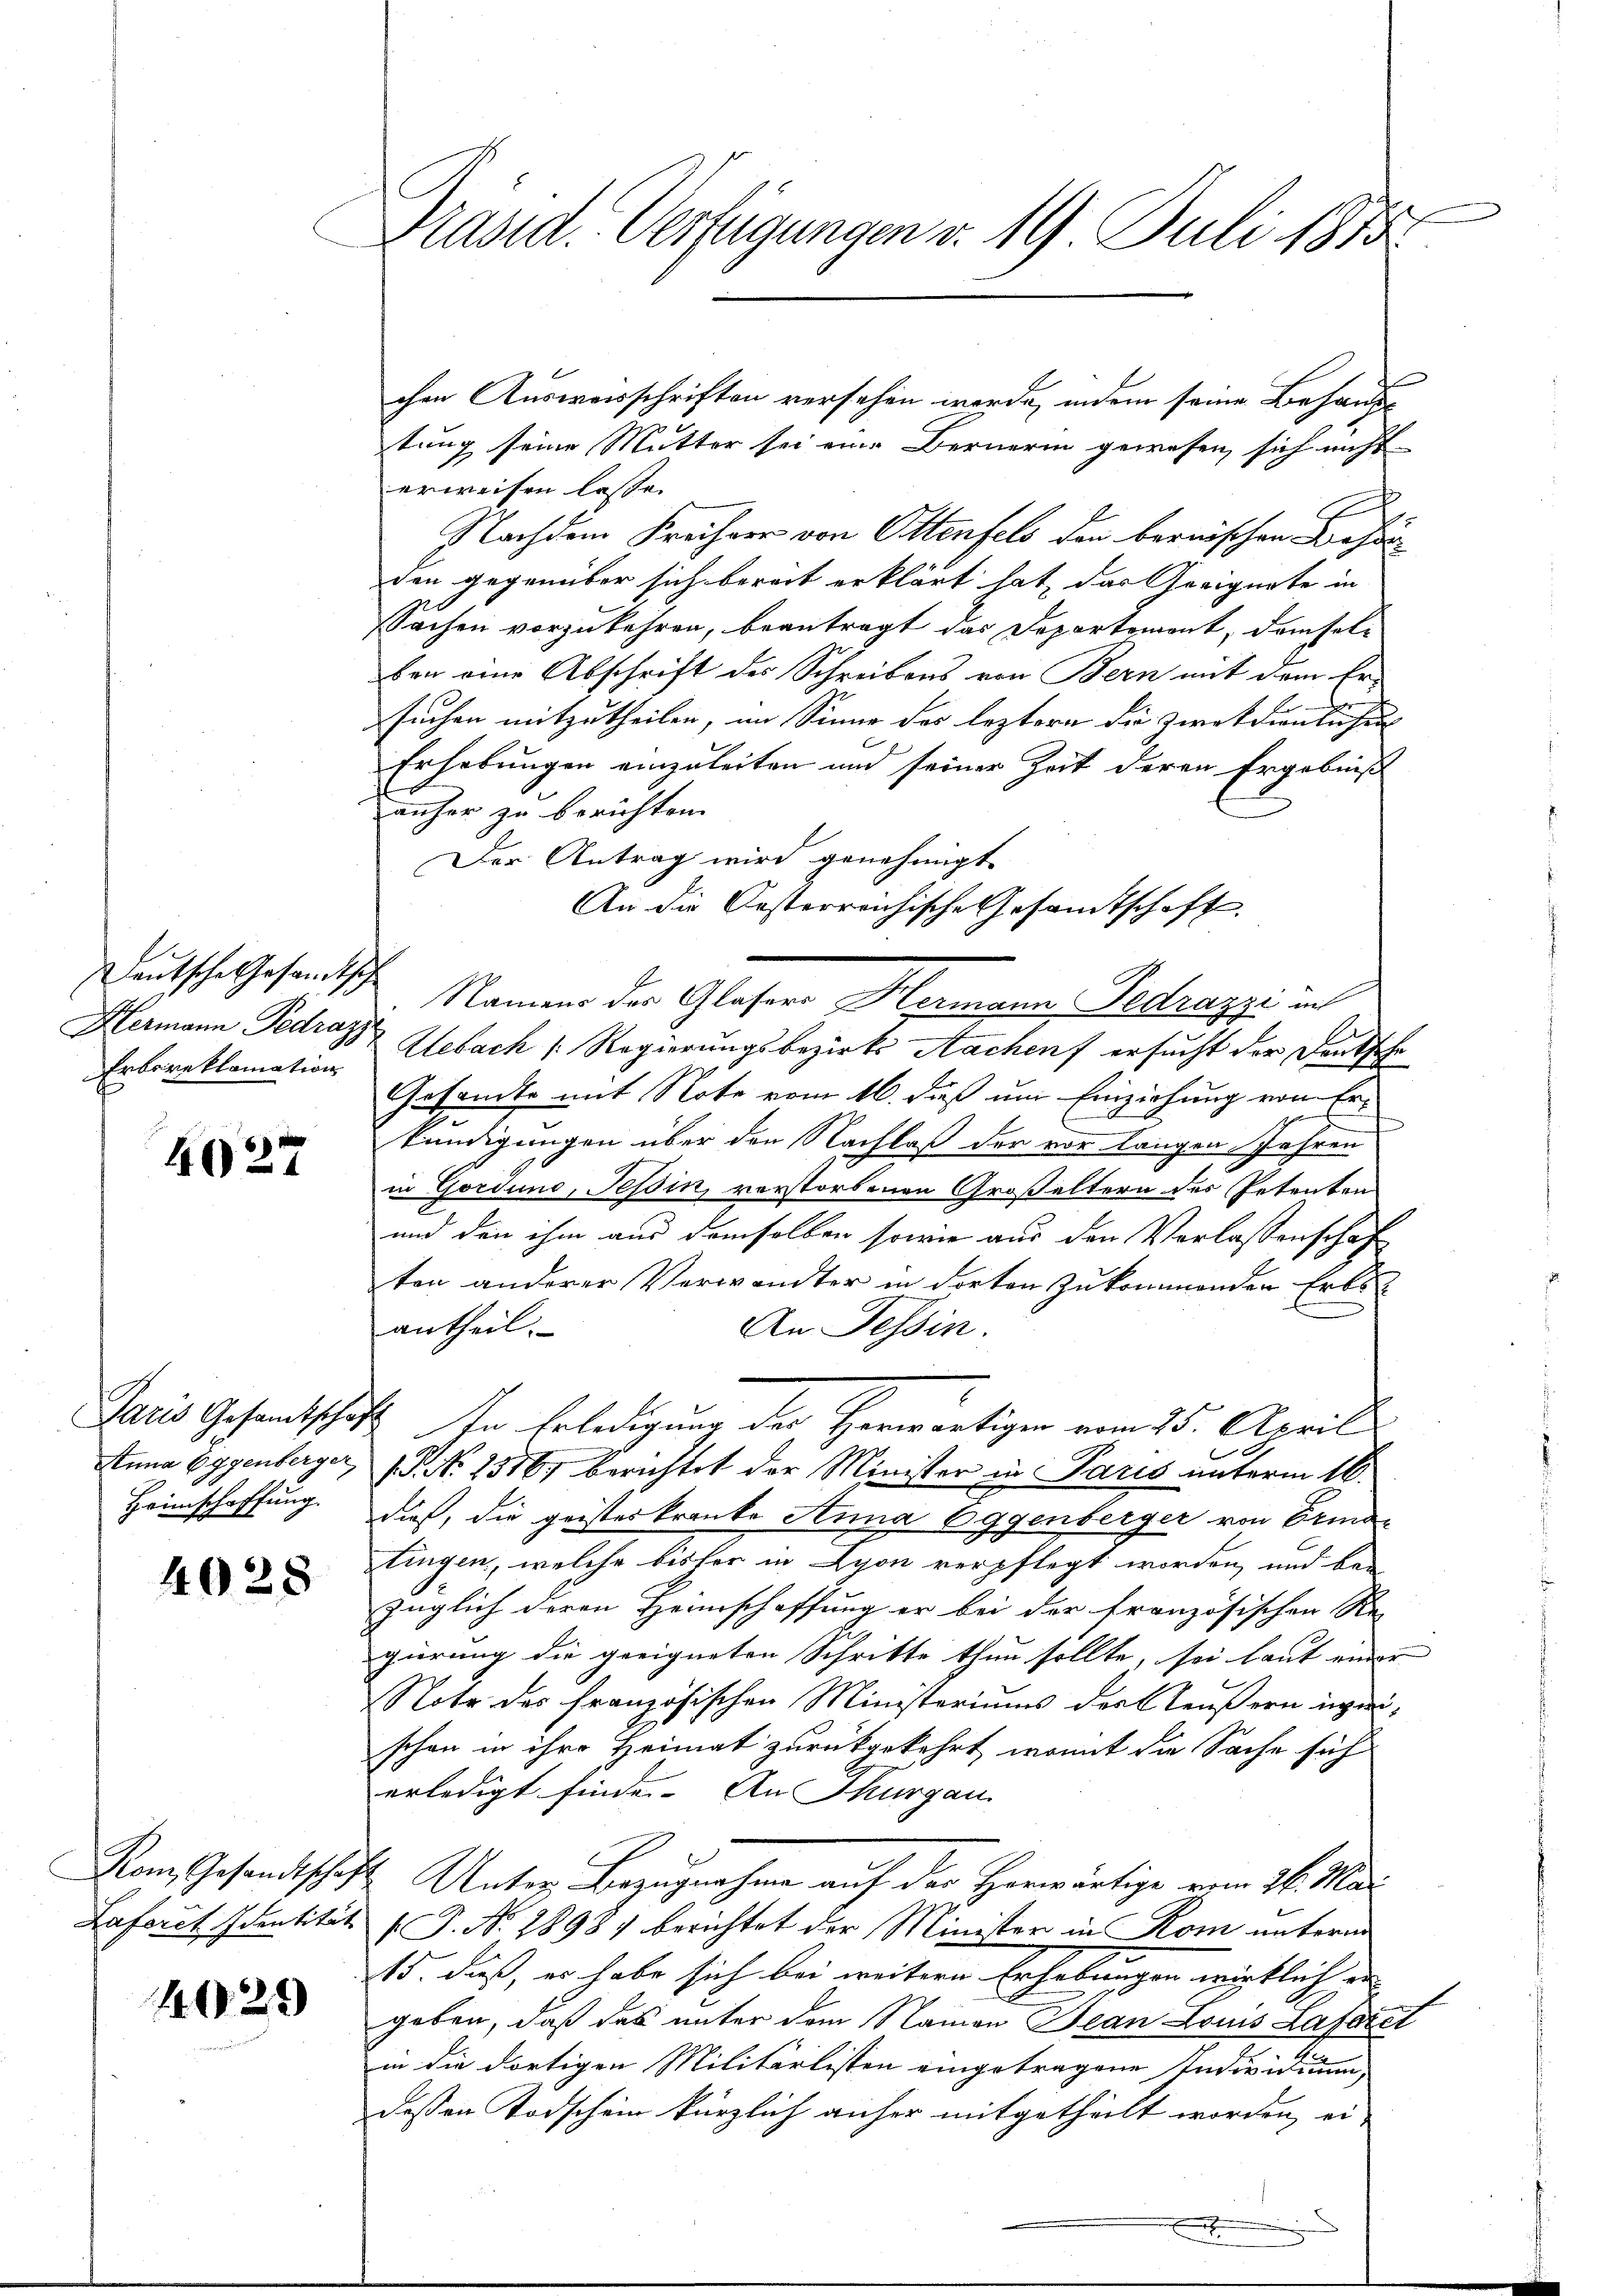
Deutsche Gesandtsc
Hermann Pedraz
Erboreklamation

4027

Anna Eggenberger,
Heimschaffung.

4028

Kom Gesandtschaft
Laforch Identität

4929

Präsid. Verfügungen v. 19 Juli 1875.

tung seine Mutter sei eine Bernerin gewesen, sich nicht
erweisen lasse.
10
Nachdem Freiherr von Ottenfels den bernischen Besorden gegenüber sich bereit erklärt hat, das Geeignete in
sSachen vorzukehren, beantragt das Departement, demsel-
ben eine Abschrift des Schreibens von Bern mit dem Er-
J
suchen mitzutheilen, im Sinne des leztern die Zweckdienlichen
Erhebungen einzuleiten und seiner Zeit deren Ergebniß
anher zu berichten. |
Der Antrag wird genehmigt.
An die Oesterreichische Gesamtschaft
 Meinen der Glaser Speisen Betrage in
.
Alebach Regierungsbezirks Nachen ersucht der Denksche
Gesandte mit Note vom 16. dieß um Einziehung von Erkundigungen über den Nachlaß der vor langen Jahren
in Gordung, Tessin, verstorbenen Großeltern des Petenten
und den ihm aus demselben sowie aus den Verlassenschaf
ten anderer Verwandter in dorten zukommenden Erbs
An Tessin.
antheil.
Paris Gesandtschaft In Erledigung der Herwärtigen vom 25. April
. No 1316, berichtet der Minister in Paris unterm 16.
dieß, die geisteskranke Anna Eggenberger von Erma-
tingen, welche bisher in Lyon verpflegt worden, und bei
züglich deren Heimschaffung er bei der französischen Re-
gierung die geeigneten Schritte thun sollte, sei laut einer |
Note des französischen Ministeriums der Aeußern ingeschon in ihre Heimat zurückgekehrt, womit die Sache sich
erledigt finde. An Thurgau.
2 Unter Bezugnahme auf der Herwärtige vom 26. Mai
T. N. 2898) berichtet der Minister in Rom unterm
15. dieß, es habe sich bei weitern Erhebungen wirklich er
geben, daß das unter dem Namen Jean Louis Lafarel
in die dortigen Militärlisten eingetragene Indivistiren,
dessen Todschein kürzlich anher mitgetheilt worden, ei-
.

chen Ausweisschriften versehen werde, indem seine Behand¬